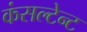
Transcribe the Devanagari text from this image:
कंसल्टेन्ट